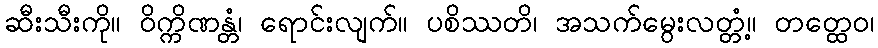
ဆီးသီးကို။ ဝိက္ကိဏန္တံ၊ ရောင်းလျက်။ ပစိဿတိ၊ အသက်မွေးလတ္တံ့။ တတ္ထေဝ၊